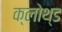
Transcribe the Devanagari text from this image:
क्लोथ्ड